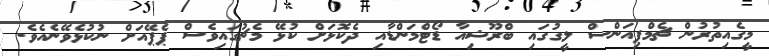
މީގެއިތުރުން ޗެމްޕިއަންސް ލީގުގައި ބްރޫޝިއާ ޑޯޓްމަންޑާއި ދެކޮޅަށް ކުޅޭ މެޗުގައިވެސް ޕެޕޭއަށް ނުކުޅެވޭނެއެވެ.